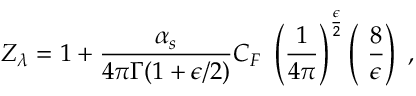
Z _ { { \lambda } } = 1 + \frac { \alpha _ { s } } { 4 \pi \Gamma ( 1 + \epsilon / 2 ) } C _ { F } ~ \left( { \frac { 1 } { 4 \pi } } \right) ^ { { \frac { \epsilon } { 2 } } } \left( ~ \frac { 8 } { \epsilon } \right) \ ,